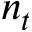
n _ { t }